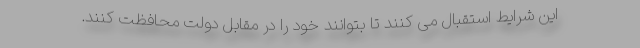
این شرایط استقبال می کنند تا بتوانند خود را در مقابل دولت محافظت کنند.